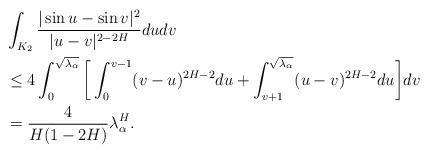
LaTeX: \begin{align*}& \int_{K_2} \frac{|\sin u-\sin v|^2}{|u-v|^{2-2H}} dudv \\&\le 4\int_0^{\sqrt{\lambda_\alpha}}\bigg[\int_0^{v-1} (v-u)^{2H-2}du+\int_{v+1}^{\sqrt{\lambda_\alpha}} (u-v)^{2H-2}du\bigg] dv \\&=\frac{4}{H(1-2H)}\lambda_\alpha^H.\end{align*}